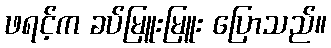
ဖရင့်က ခပ်မြူးမြူး ပြောသည်။